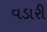
વડારી